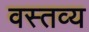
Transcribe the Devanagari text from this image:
वस्तव्य